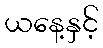
ယနေ့နှင့်